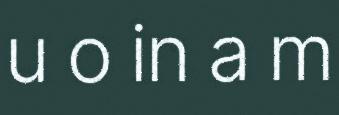
u o in a m